Report of the Indian Hemp Drugs Commission, 1894-1895 - Volume IV
Year: 1894
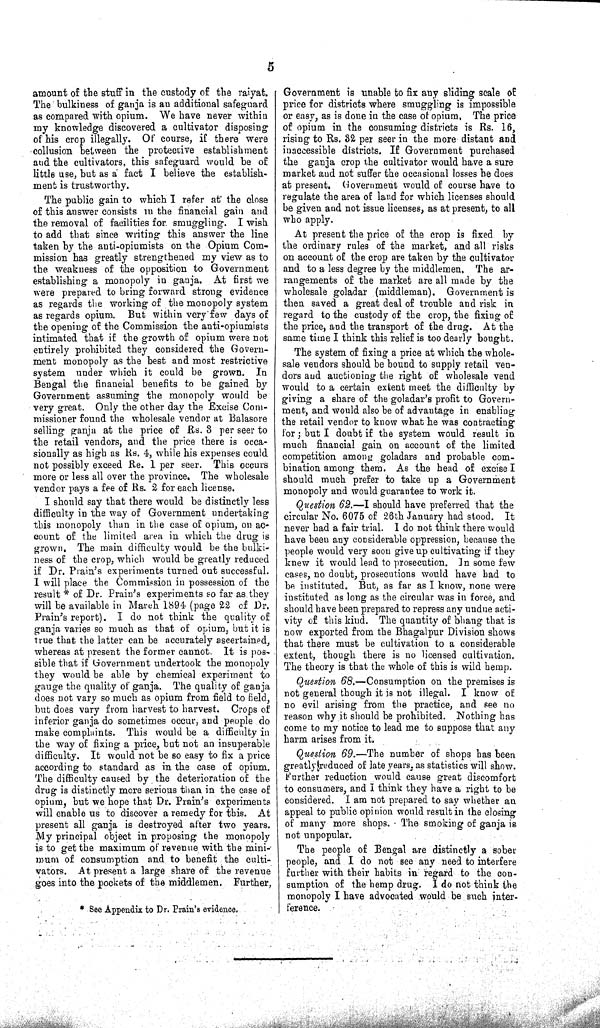
5
amount of the stuff in the custody of the raiyat.
The bulkiness of ganja is an additional safeguard
as compared with opium. We have never within
my knowledge discovered a cultivator disposing
of his crop illegally. Of course, if there were
collusion between the protective establishment
and the cultivators, this safeguard would be of
little use, but as a fact I believe the establish-
ment is trustworthy.
The public gain to which I refer at the close
of this answer consists in the financial gain and
the removal of facilities for smuggling. I wish
to add that since writing this answer the line
taken by the anti-opiumists on the Opium Com-
mission has greatly strengthened my view as to
the weakness of the opposition to Government
establishing a monopoly in ganja. At first we
were prepared to bring forward strong evidence
as regards the working of the monopoly system
as regards opium. But within very few days of
the opening of the Commission the anti-opiumists
intimated that if the growth of opium were not
entirely prohibited they considered the Govern-
ment monopoly as the best and most restrictive
system under which it could be grown. In
Bengal the financial benefits to be gained by
Government assuming the monopoly would be
very great. Only the other day the Excise Com-
missioner found the wholesale vendor at Balasore
selling ganja at the price of Rs. 3 per seer to
the retail vendors, and the price there is occa-
sionally as high as Rs. 4, while his expenses could
not possibly exceed Re. 1 per seer. This occurs
more or less all over the province. The wholesale
vendor pays a fee of Rs. 2 for each license.
I should say that there would be distinctly less
difficulty in the way of Government undertaking
this monopoly than in the case of opium, on ac-
count of the limited area in which the drug is
grown. The main difficulty would be the bulki-
ness of the crop, which would be greatly reduced
if Dr. Prain's experiments turned out successful.
I will place the Commission in possession of the
result* of Dr. Prain's experiments so far as they
will be available in March 1894 (page 22 of Dr.
Prain's report). I do not think the quality of
ganja varies so much as that of opium, but it is
true that the latter can be accurately ascertained,
whereas at present the former cannot. It is pos-
sible that if Government undertook the monopoly
they would be able by chemical experiment to
gauge the quality of ganja. The quality of ganja
does not vary so much as opium from field to field,
but does vary from harvest to harvest. Crops of
inferior ganja do sometimes occur, and people do
make complaints. This would be a difficulty in
the way of fixing a price, but not an insuperable
difficulty. It would not be so easy to fix a price
according to standard as in the case of opium.
The difficulty caused by the deterioration of the
drug is distinctly more serious than in the case of
opium, but we hope that Dr. Prain's experiments
will enable us to discover a remedy for this. At
present all ganja is destroyed after two years.
My principal object in proposing the monopoly
is to get the maximum of revenue with the mini-
mum of consumption and to benefit the culti-
vators. At present a large share of the revenue
goes into the pockets of the middlemen. Further,
Government is unable to fix any sliding scale of
price for districts where smuggling is impossible
or easy, as is done in the case of opium. The price
of opium in the consuming districts is Rs. 16,
rising to Rs. 32 per seer in the more distant and
inaccessible districts. If Government purchased
the ganja crop the cultivator would have a sure
market and not suffer the occasional losses he does
at present. Government would of course have to
regulate the area of land for which licenses should
be given and not issue licenses, as at present, to all
who apply.
At present the price of the crop is fixed by
the ordinary rules of the market, and all risks
on account of the crop are taken by the cultivator
and to a less degree by the middlemen. The ar-
rangements of the market are all made by the
wholesale goladar (middleman). Government is
then saved a great deal of trouble and risk in
regard to the custody of the crop, the fixing of
the price, and the transport of the drug. At the
same time I think this relief is too dearly bought.
The system of fixing a price at which the whole-
sale vendors should be bound to supply retail ven-
dors and auctioning the right of wholesale vend
would to a certain extent meet the difficulty by
giving a share of the goladar's profit to Govern-
ment, and would also be of advantage in enabling
the retail vendor to know what he was contracting
for; but I doubt if the system would result in
much financial gain on account of the limited
competition among goladars and probable com-
bination among them. As the head of excise I
should much prefer to take up a Government
monopoly and would guarantee to work it.
Question 62.—I should have preferred that the
circular No. 6075 of 26th January had stood. It
never had a fair trial. I do not think there would
have been any considerable oppression, because the
people would very soon give up cultivating if they
knew it would lead to prosecution. In some few
cases, no doubt, prosecutions would have had to
be instituted. But, as far as I know, none were
instituted as long as the circular was in force, and
should have been prepared to repress any undue acti-
vity of this kind. The quantity of bhang that is
now exported from the Bhagalpur Division shows
that there must be cultivation to a considerable
extent, though there is no licensed cultivation.
The theory is that the whole of this is wild hemp.
Question 68.—Consumption on the premises is
not general though it is not illegal. I know of
no evil arising from the practice, and see no
reason why it should be prohibited. Nothing has
come to my notice to lead me to suppose that any
harm arises from it.
Question 69.—The number of shops has been
greatly reduced of late years, as statistics will show.
Further reduction would cause great discomfort
to consumers, and I think they have a right to be
considered. I am not prepared to say whether an
appeal to public opinion would result in the closing
of many more shops. The smoking of ganja is
not unpopular.
The people of Bengal are distinctly a sober
people, and I do not see any need to interfere
further with their habits in regard to the con-
sumption of the hemp drug. I do not think the
monopoly I have advocated would be such inter-
ference.
*See Appendix to Dr. Prain's evidence.